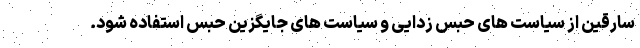
سارقین از سیاست های حبس زدایی و سیاست های جایگزین حبس استفاده شود.